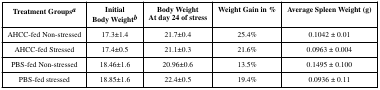
| Treatment Groupsa | InitialBody Weightb | Body WeightAt day 24 of stress | Weight Gain in % | Average Spleen Weight (g) |
 | --- | --- | --- | --- | --- |
 | AHCC-fed Non-stressed | 17.3±1.4 | 21.7±0.4 | 25.4% | 0.1042 ± 0.01 |
 | AHCC-fed Stressed | 17.4±0.5 | 21.1±0.3 | 21.6% | 0.0963 ± 0.004 |
 | PBS-fed Non-stressed | 18.46±1.6 | 20.96±0.6 | 13.5% | 0.1495 ± 0.100 |
 | PBS-fed stressed | 18.85±1.6 | 22.4±0.5 | 19.4% | 0.0936 ± 0.11 |